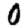
Digit: 0